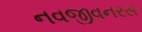
નવજીવનરસ